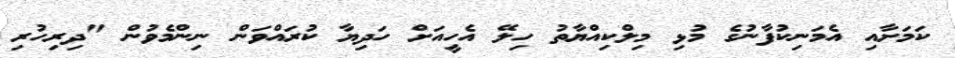
ކަމަށާއި އެމަނިކުފާނުގެ މުޅި މިލްކިއްޔާތު ހިލޭ އެހީއަށް ހަދިޔާ ކުރައްވަން ނިންމެވުން "ދިރިހުރި